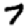
Digit: 7